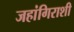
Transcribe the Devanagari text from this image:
जहांगिराशी